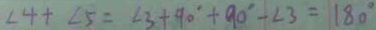
\angle 4 + \angle 5 = \angle 3 + 9 0 ^ { \circ } + 9 0 ^ { \circ } - \angle 3 = 1 8 0 ^ { \circ }